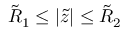
\tilde { R } _ { 1 } \leq | \tilde { z } | \leq \tilde { R } _ { 2 }